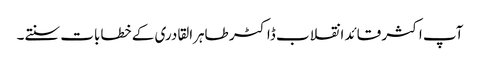
آپ اکثر قائد انقلاب ڈاکٹر طاہرالقادری کے خطابات سنتے۔